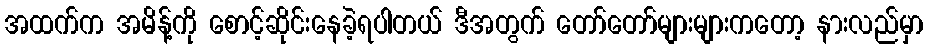
အထက်က အမိန့်ကို စောင့်ဆိုင်းနေခဲ့ရပါတယ် ဒီအတွက် တော်တော်များများကတော့ နားလည်မှာ